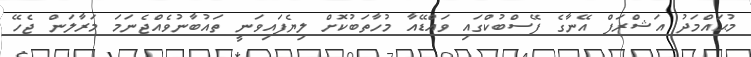
މުޙައްމަދު އަޝްރަފް އޭނާގެ ފޭސްބުކްގައި ވައްޑޭއާ މުހާތަބުކޮށް ލިޔެފައިވަނީ ތައުބާނުވެއްޖެނަމަ މަރާލަން ޖެހޭ